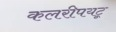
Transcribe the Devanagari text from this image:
कलरीपयटू